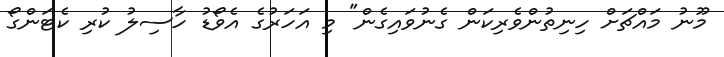
މޫނު މައްޗަށް ހިނިތުންވެރިކަން ގެނުވައިގެން" މި އަހަރުގެ އެވޯޑު ހާސިލު ކުރި ކެޓަންގޯ